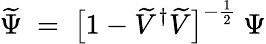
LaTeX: \widetilde\Psi\ =\ \big[1-\widetilde V^{\dagger}\widetilde V\big]^{-\frac{1}{2}}\ \Psi